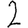
Digit: 2